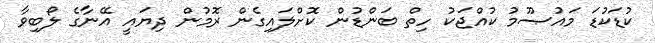
ކުޑަކުޑަ މައުޞޫމު ކުއްޖަކު ހިތް ބަންޑުން ކޮށްލައިގެން ރޮމުން ދިޔައީ އޭނާގެ ލޯބިވާ